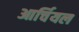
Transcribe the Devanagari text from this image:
आर्चियल